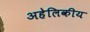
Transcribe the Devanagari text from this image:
अहेलिकीय